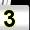
Digit: 3